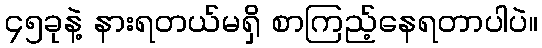
၄၅ခုနဲ့ နားရတယ်မရှိ စာကြည့်နေရတာပါပဲ။